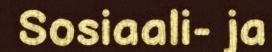
Sosiaali- ja